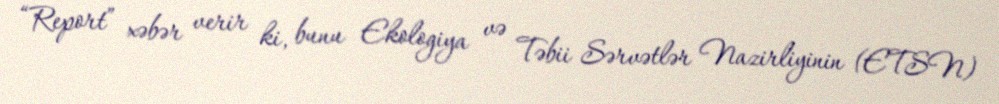
“Report” xəbər verir ki, bunu Ekologiya və Təbii Sərvətlər Nazirliyinin (ETSN)